Annual report on the working of the lock hospitals in the North-Western Provinces and Oudh
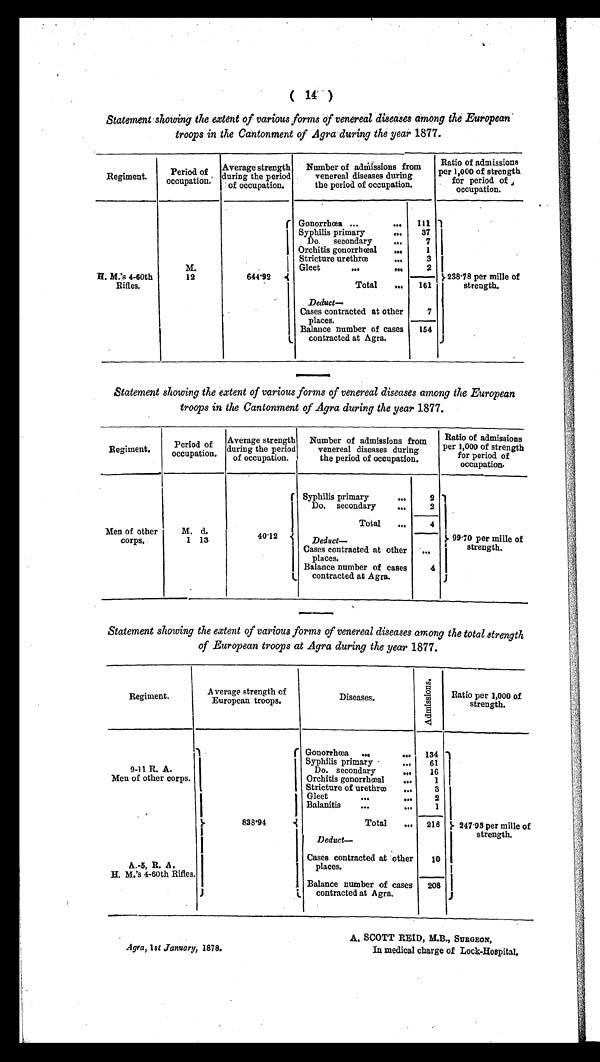
Agra, 1st January, 1878.
A. SCOTT REID, M. B.,S U R G E O N ,
In medical charge of Lock-Hospital.
( 14 )
Statement showing the extent of various forms of venereal diseases among the European
troops in the Cantonment of Agra during the year 1877.
Regiment.
Period of
occupation.
Average strength
during the period
of occupation.
Number of admissions from
venereal diseases during
the period of occupation.
Ratio of admissions
per 1,000 of strength
for period of
occupation.
H M.'s 4-60th
Rifles.
M.
12
644·92
Gonorrhœa ...
...
111
238·78 per mille of
strength.
Syphilis primary
...
37
Do. secondary
...
7
Orchitis gonorrhœal
...
1
Stricture urethrœ
...
3
Gleet
. . . ...
2
Total
...
161
Deduct
Cases contracted at other
places.
7
Balance number of cases
contracted at Agra.
154
Statement showing the extent of various forms of venereal diseases among the European
troops in the Cantonment of Agra during the year 1877.
Regiment.
Period of
occupation.
Average strength
during the period
of occupation.
Number of admissions from
venereal diseases during
the period of occupation.
Ratio of admissions
per 1,000 of strength
for period of
occupation.
Men of other
corps.
M. d.
1 13
40·12
Syphilis primary
. . .
2
99·70 per mille of
strength.
Do. secondary
. . .
2
Total
...
4
Deduct—
Cases contracted at other
places.
...
Balance number of cases
contracted at Agra.
4
Statement showing the extent of various forms of venereal diseases among the total strength
of European troops at Agra during the year 1877.
Regiment.
Average strength of
European troops.
Diseases.
A d m i s s i o n s .
Ratio per 1,000 of
strength.
9-11 R. A.
Men of other corps.
838·94
Gonorrhœa ...
...
134
247·93 per mille of
strength.
Syphilis primary ...
61
Do. secondary
. . .
16
Orchitis gonorrhœal
...
1
Stricture of urethrœ
...
3
Gleet
...
...
2
Balanitis
...
...
1
Total
... 218
Deduct—.
A .-5, R. A.
H. M.'s 4-60th Rifles.
Cases contracted at other places.
10
208
Balance number of cases
contracted at Agra.